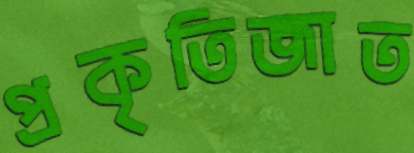
প্রকৃতিজাত